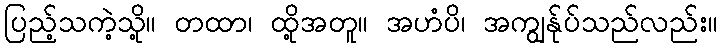
ပြည့်သကဲ့သို့။ တထာ၊ ထို့အတူ။ အဟံပိ၊ အကျွန်ုပ်သည်လည်း။